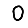
Digit: 0